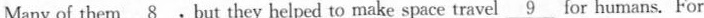
Many of them